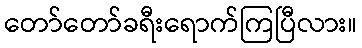
တော်တော်ခရီးရောက်ကြပြီလား။